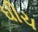
ઘીચ